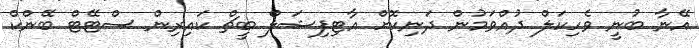
އޭނާ ބުނީ ވެހިކަލް ދުއްވަމުން ދަނިކޮށް އާޓިފިޝަލް ބީޗް ކައިރިން ސްޓޭޓް ބޭންކް